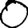
Digit: 0